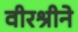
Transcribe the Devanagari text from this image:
वीरश्रीने